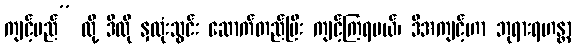
ကျင့်မည်” လို့ ဒီလို နှလုံးသွင်း ဆောက်တည်ပြီး ကျင့်ကြရမယ်၊ ဒီအကျင့်ဟာ ဘုရားရဟန္တာ